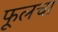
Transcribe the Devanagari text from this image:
फूलचा